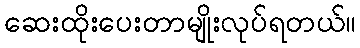
ဆေးထိုးပေးတာမျိုးလုပ်ရတယ်။